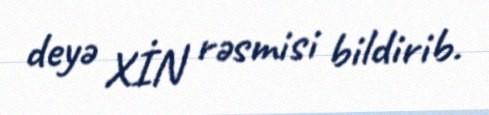
deyə XİN rəsmisi bildirib.